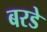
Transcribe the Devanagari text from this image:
बरडे